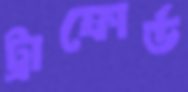
ট্রাফোর্ড